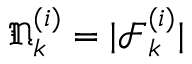
\mathfrak { N } _ { k } ^ { ( i ) } = | \mathcal { F } _ { k } ^ { ( i ) } |